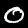
Label: 0